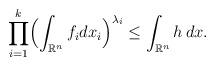
LaTeX: \begin{align*}\prod_{i=1}^k \Bigl( \int_{\mathbb{R}^n} f_i dx_i \Bigr)^{\lambda_i} \le \int_{\mathbb{R}^n} h\, dx.\end{align*}